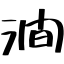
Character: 澗